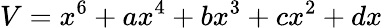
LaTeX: V=x^{6}+ax^{4}+bx^{3}+cx^{2}+dx